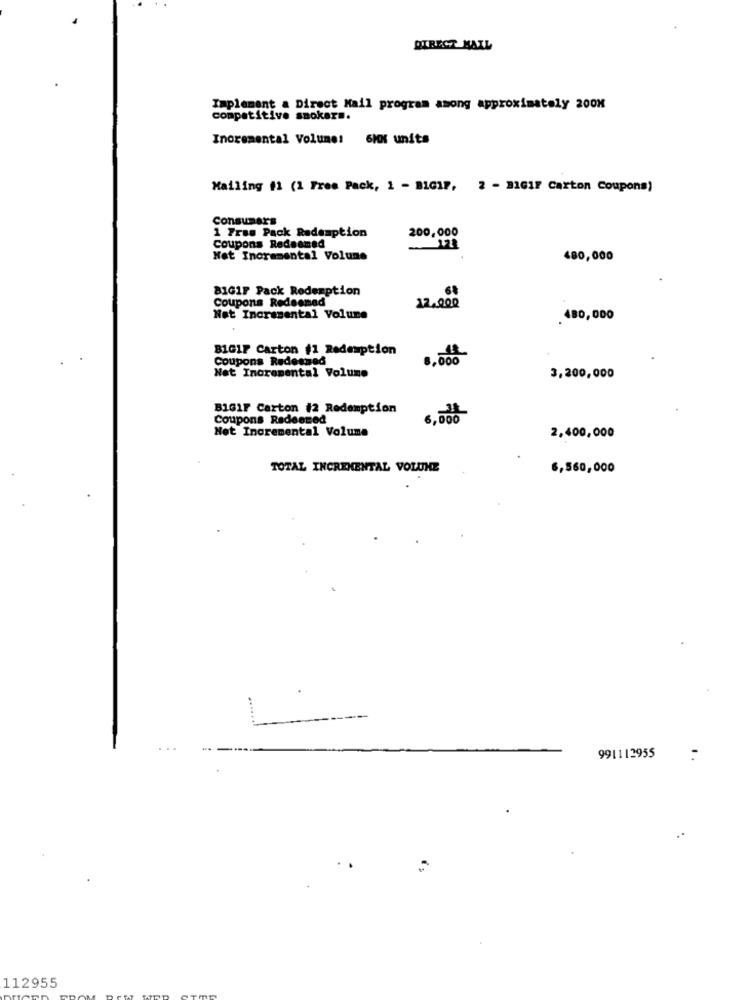
DIRECT MAIL
Implement a Direct Mail program among approximately 200M
competitive smokers.
Incremental Volume: 6hot units
Mailing #1 (1 Free Pack, 1 - BIG1P, 2 - B161F Carton Coupons)
Consumers
1 Fras Pack Redemption
200,000
Coupons Redeemed
122
Not Incremental Volune
480,000
81G1F Pack Redemption
Coupons Redesmed
12,000
Net Incremental Volume
. 480,000
BIG1F Carton #1 Redemption
Coupons Redesmed
8,000
Net Incremental Volume
3,200,000
BIG1F Carton #2 Redemption
Coupons Radeemed
Not Incremental Volume
2,400,000
TOTAL INCREMENTAL VOLUNE
6,560,000
991112955
1 .
..
112955